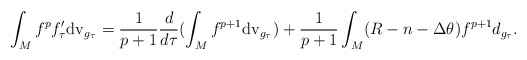
\begin{align*}\int_M f^pf'_\tau {\rm dv}_{g_\tau} =\frac{1}{p+1}\frac{d}{d\tau}(\int_M f^{p+1} {\rm dv}_{g_\tau})+\frac{1}{p+1}\int_M (R-n-\Delta \theta)f^{p+1} d_{g_\tau}. \end{align*}